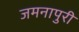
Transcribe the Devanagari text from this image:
जमनापुरी